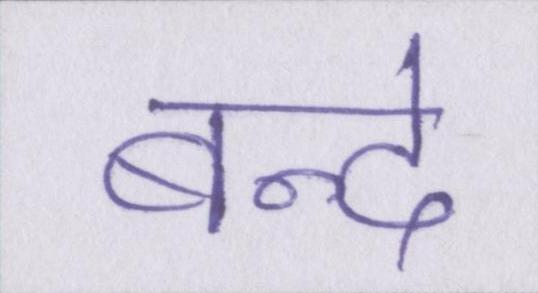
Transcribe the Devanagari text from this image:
बन्दे